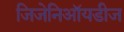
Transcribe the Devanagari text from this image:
जिजेनिऑयडीज